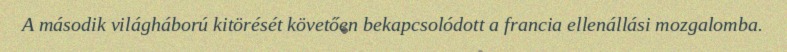
A második világháború kitörését követően bekapcsolódott a francia ellenállási mozgalomba.